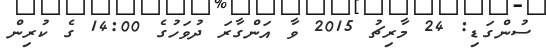
ސުންގަޑި: 24 މާރިޗު 2015 ވާ އަންގާރަ ދުވަހުގެ 14:00 ގެ ކުރިން